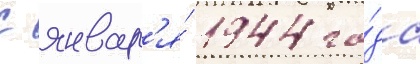
С январ'я́ 1944 го́да